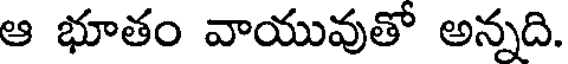
ఆ భూతం వాయువుతో అన్నది.